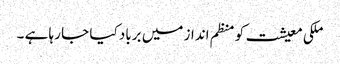
ملکی معیشت کو منظم انداز میں برباد کیا جا رہا ہے ۔